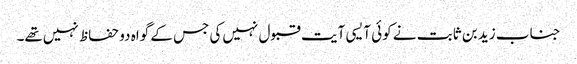
جناب زید بن ثابت نے کوئی آیسی آیت قبول نہیں‌کی جس کے گواہ دو حفاظ نہیں‌تھے۔